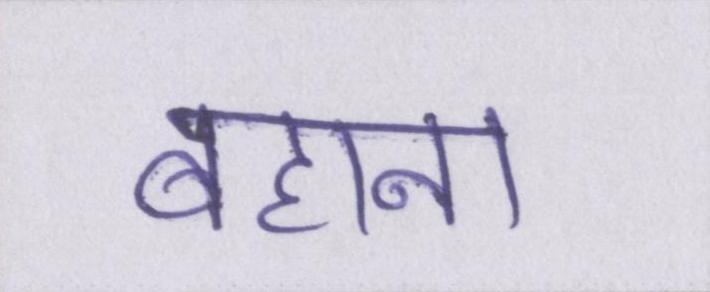
बहाना